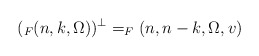
\begin{align*} (_F(n,k,\Omega))^\bot=_F(n,n-k,\Omega,v) \end{align*}